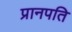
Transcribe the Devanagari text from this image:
प्रानपति